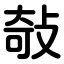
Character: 敧